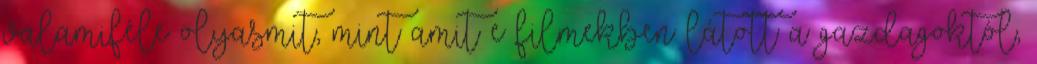
valamiféle olyasmit, mint amit e filmekben látott a gazdagoktól,